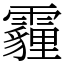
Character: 霾